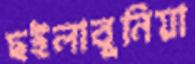
ছইলাবুনিয়া